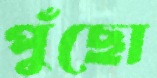
পুঁছো